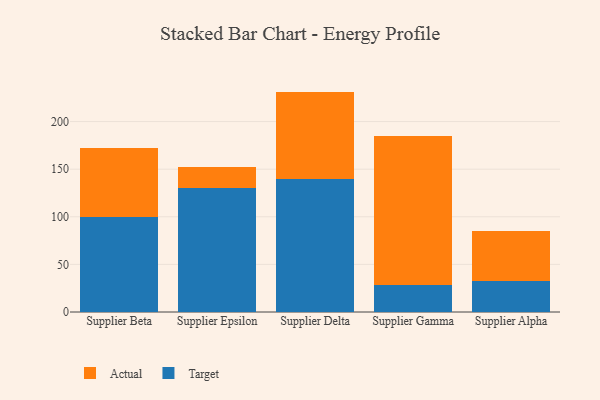
{"axis": {"x": "Supplier", "y": "Backlog"}, "legend": ["Actual", "Target"], "data": [{"x": "Supplier Beta", "y": 100.0, "type": "Target"}, {"x": "Supplier Beta", "y": 72.5, "type": "Actual"}, {"x": "Supplier Epsilon", "y": 130.5, "type": "Target"}, {"x": "Supplier Epsilon", "y": 21.6, "type": "Actual"}, {"x": "Supplier Delta", "y": 140.1, "type": "Target"}, {"x": "Supplier Delta", "y": 91.4, "type": "Actual"}, {"x": "Supplier Gamma", "y": 28.7, "type": "Target"}, {"x": "Supplier Gamma", "y": 155.7, "type": "Actual"}, {"x": "Supplier Alpha", "y": 32.2, "type": "Target"}, {"x": "Supplier Alpha", "y": 53.4, "type": "Actual"}]}